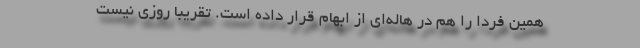
همین فردا را هم در هاله‌ای از ابهام قرار داده است. تقریبا روزی نیست